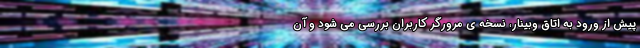
پیش از ورود به اتاق وبینار، نسخه ی مرورگر کاربران بررسی می شود و آن